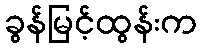
ခွန်မြင့်ထွန်းက